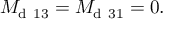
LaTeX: M _ { \mathrm { d ~ 1 3 } } = M _ { \mathrm { d ~ 3 1 } } = 0 .